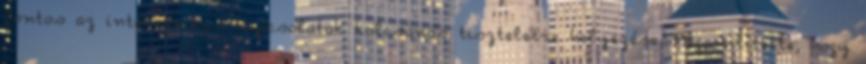
fontos az interetnikus kapcsolatok kölcsönös tiszteletre helyezése. Megemlítette, hogy